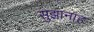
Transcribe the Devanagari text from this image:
सुझानाह